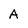
Character: A